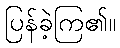
ပြန်ခဲ့ကြ၏။